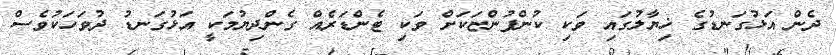
ދެން އަޅުގަނޑުގެ ޚިޔާލުގައި ވަކި ކުންފުންޏަކަށް ވަކި ޓެންޑަރެއް ގެންދިޔުމަކީ އަޅުގަނޑު ދުވަހަކުވެސް